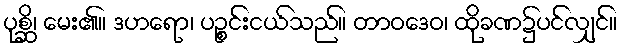
ပုစ္ဆိ၊ မေး၏။ ဒဟရော၊ ပဉ္စင်းငယ်သည်။ တာဝဒေဝ၊ ထိုခဏ၌ပင်လျှင်။